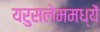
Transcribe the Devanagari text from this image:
यरुसलेममध्यें